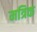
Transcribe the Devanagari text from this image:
मत्रिक